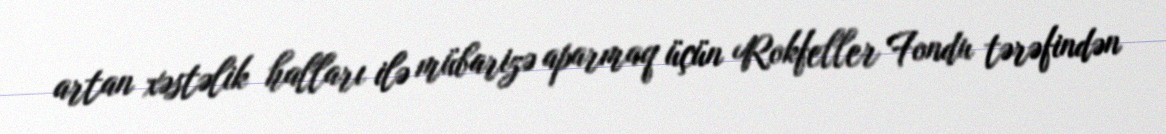
artan xəstəlik halları ilə mübarizə aparmaq üçün Rokfeller Fondu tərəfindən